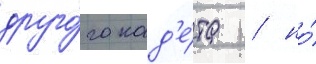
друго́го кад'е́та / но́